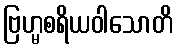
ဗြဟ္မစရိယဝါသောတိ